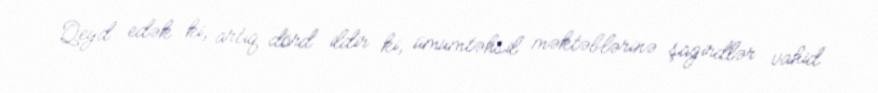
Qeyd edək ki, artıq dörd ildir ki, ümumtəhsil məktəblərinə şagirdlər vahid